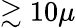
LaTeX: \gtrsim 10\mu